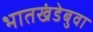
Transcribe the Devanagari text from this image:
भातखंडेबुवा